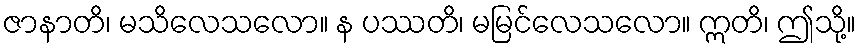
ဇာနာတိ၊ မသိလေသလော။ န ပဿတိ၊ မမြင်လေသလော။ ဣတိ၊ ဤသို့။